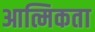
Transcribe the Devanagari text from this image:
आत्मिकता